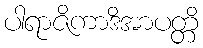
ပါရာဇိကာဒိအာပတ္တိ